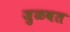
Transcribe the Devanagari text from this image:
जुळवत